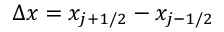
\Delta x = x _ { j + 1 / 2 } - x _ { j - 1 / 2 }